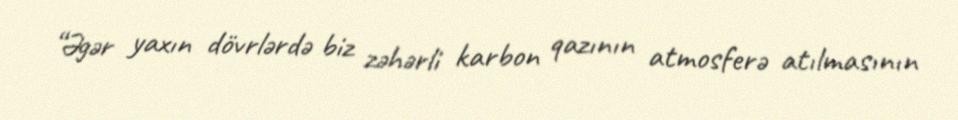
“Əgər yaxın dövrlərdə biz zəhərli karbon qazının atmosferə atılmasının